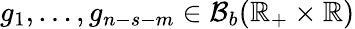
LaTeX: g_{1},\dots,g_{n-s-m}\in\mathcal{B}_{b}(\mathbb{R}_{+}\times\mathbb{R})